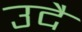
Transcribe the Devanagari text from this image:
उदै